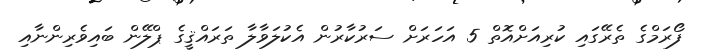
ފޯރަމްގެ ތެރޭގައި ކުރިއަށްއޮތް 5 އަހަރަށް ސަރުކާރުން އެކުލަވާލާ ތަރައްޤީގެ ޕްލޭން ބައިވެރިންނާއި